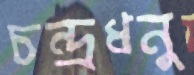
চন্দ্রধনু